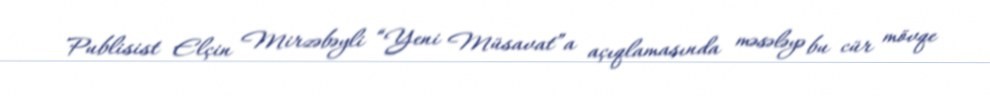
Publisist Elçin Mirzəbəyli “Yeni Müsavat”a açıqlamasında məsələyə bu cür mövqe